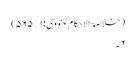
( خلاصۃ الا حکام للنووی: ۵۶۵/۱)
۶۔